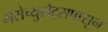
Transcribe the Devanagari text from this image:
मॅसेच्युसेट्सपासून